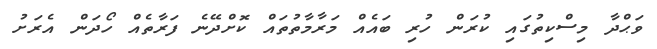
ވަޙްދާ މިސްކިތުގައި ކުރަން ހުރި ބައެއް މަރާމާތުތައް ކޮށްދޭނެ ފަރާތެއް ހޯދަން އެރަށު